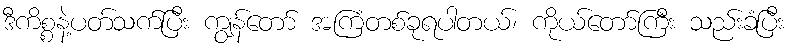
ဒီကိစ္စနဲ့ပတ်သက်ပြီး ကျွန်တော် အကြံတစ်ခုရပါတယ်၊ ကိုယ်တော်ကြီး သည်းခံပြီး